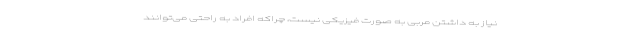
نیاز به داشتن مربی به صورت فیزیکی نیست، چراکه افراد به راحتی می‌توانند